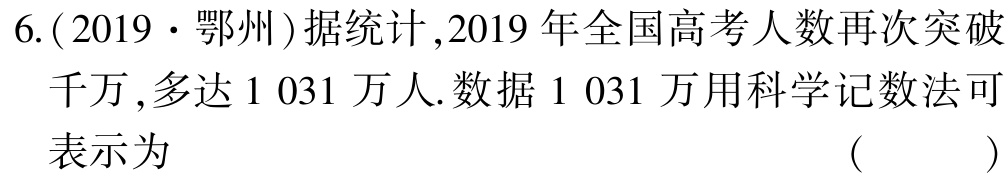
6.(2019·鄂州)据统计,2019年全国高考人数再次突破千万,多达1 031万人.数据1 031万用科学记数法可表示为 （  ）